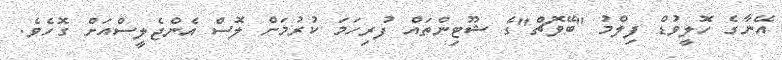
އޭނާގެ ހޮލީވުޑް ފިލްމު "ބޭވޮޗް"ގެ ޝޫޓިންތައް ފުރިހަމަ ކުރުމަށް ލޮސް އެންޖެލީސްއަށް ގޮހެވެ.